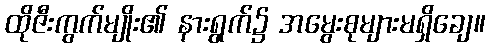
ထိုဇီးကွက်မျိုး၏ နားရွက်၌ အမွေးစုများမရှိချေ။